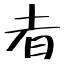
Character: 者